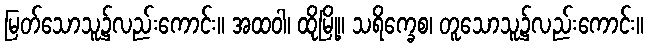
မြတ်သောသူ၌လည်းကောင်း။ အထဝါ၊ ထိုမြို့။ သရိက္ခေစ၊ တူသောသူ၌လည်းကောင်း။